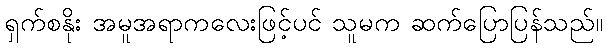
ရှက်စနိုး အမူအရာကလေးဖြင့်ပင် သူမက ဆက်ပြောပြန်သည်။